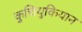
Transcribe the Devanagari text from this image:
कुचियुकियान